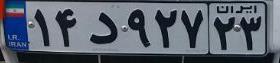
۱۴د۹۲۷۲۳